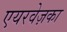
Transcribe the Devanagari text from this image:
एयरवेज़का